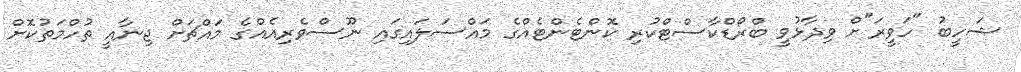
ޝަހީބު "ހަވީރަ"ށް ވިދާޅުވީ ބްރޯޑްކާސްޓްކުރި ކޮންޓެންޓެއްގެ މައްސަލައިގައި ނޫސްވެރިއެއްގެ މައްޗަށް ޖިނާއީ ތުހްމަތުކޮށް